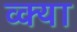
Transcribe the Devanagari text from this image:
व्क्या